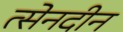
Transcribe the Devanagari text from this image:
त्सेनदीन